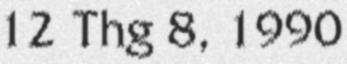
12 Thg 8, 1990